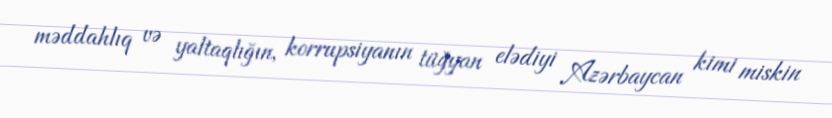
məddahlıq və yaltaqlığın, korrupsiyanın tüğyan elədiyi Azərbaycan kimi miskin